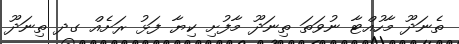
ތެނަދޫ މާހުއްޓާ ނުވަތަ ތިނަދޫ މާފުށި ކިޔާ ފަޅު ރަށެއް ގދ ތިނަދޫ